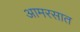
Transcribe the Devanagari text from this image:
आमरसात